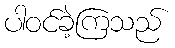
ပါဝင်ခဲ့ကြသည်